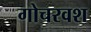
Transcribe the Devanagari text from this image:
गोचरवश